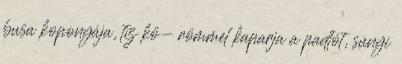
busa koponyája, tíz kö- römmel kaparja a padlót, sunyi